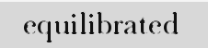
equilibrated